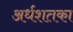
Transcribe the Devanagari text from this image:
अर्धशतका